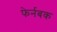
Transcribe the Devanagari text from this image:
फेर्नबक